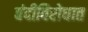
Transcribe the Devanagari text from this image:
बंदीविरोधात